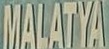
MALATYA